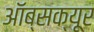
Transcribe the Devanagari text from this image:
ऑब्सक्यूर